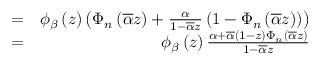
\begin{array} { r l r } & { = } & { \phi _ { \beta } \left( z \right) \left( \Phi _ { n } \left( \overline { { \alpha } } z \right) + \frac { \alpha } { 1 - \overline { { \alpha } } z } \left( 1 - \Phi _ { n } \left( \overline { { \alpha } } z \right) \right) \right) } \\ & { = } & { \phi _ { \beta } \left( z \right) \frac { \alpha + \overline { { \alpha } } \left( 1 - z \right) \Phi _ { n } \left( \overline { { \alpha } } z \right) } { 1 - \overline { { \alpha } } z } } \end{array}